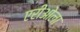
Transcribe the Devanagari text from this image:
एरीओला